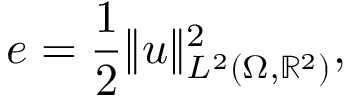
e = \frac { 1 } { 2 } \Vert u \Vert _ { L ^ { 2 } ( \Omega , \mathbb { R } ^ { 2 } ) } ^ { 2 } ,